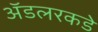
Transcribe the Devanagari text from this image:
ॲडलरकडे